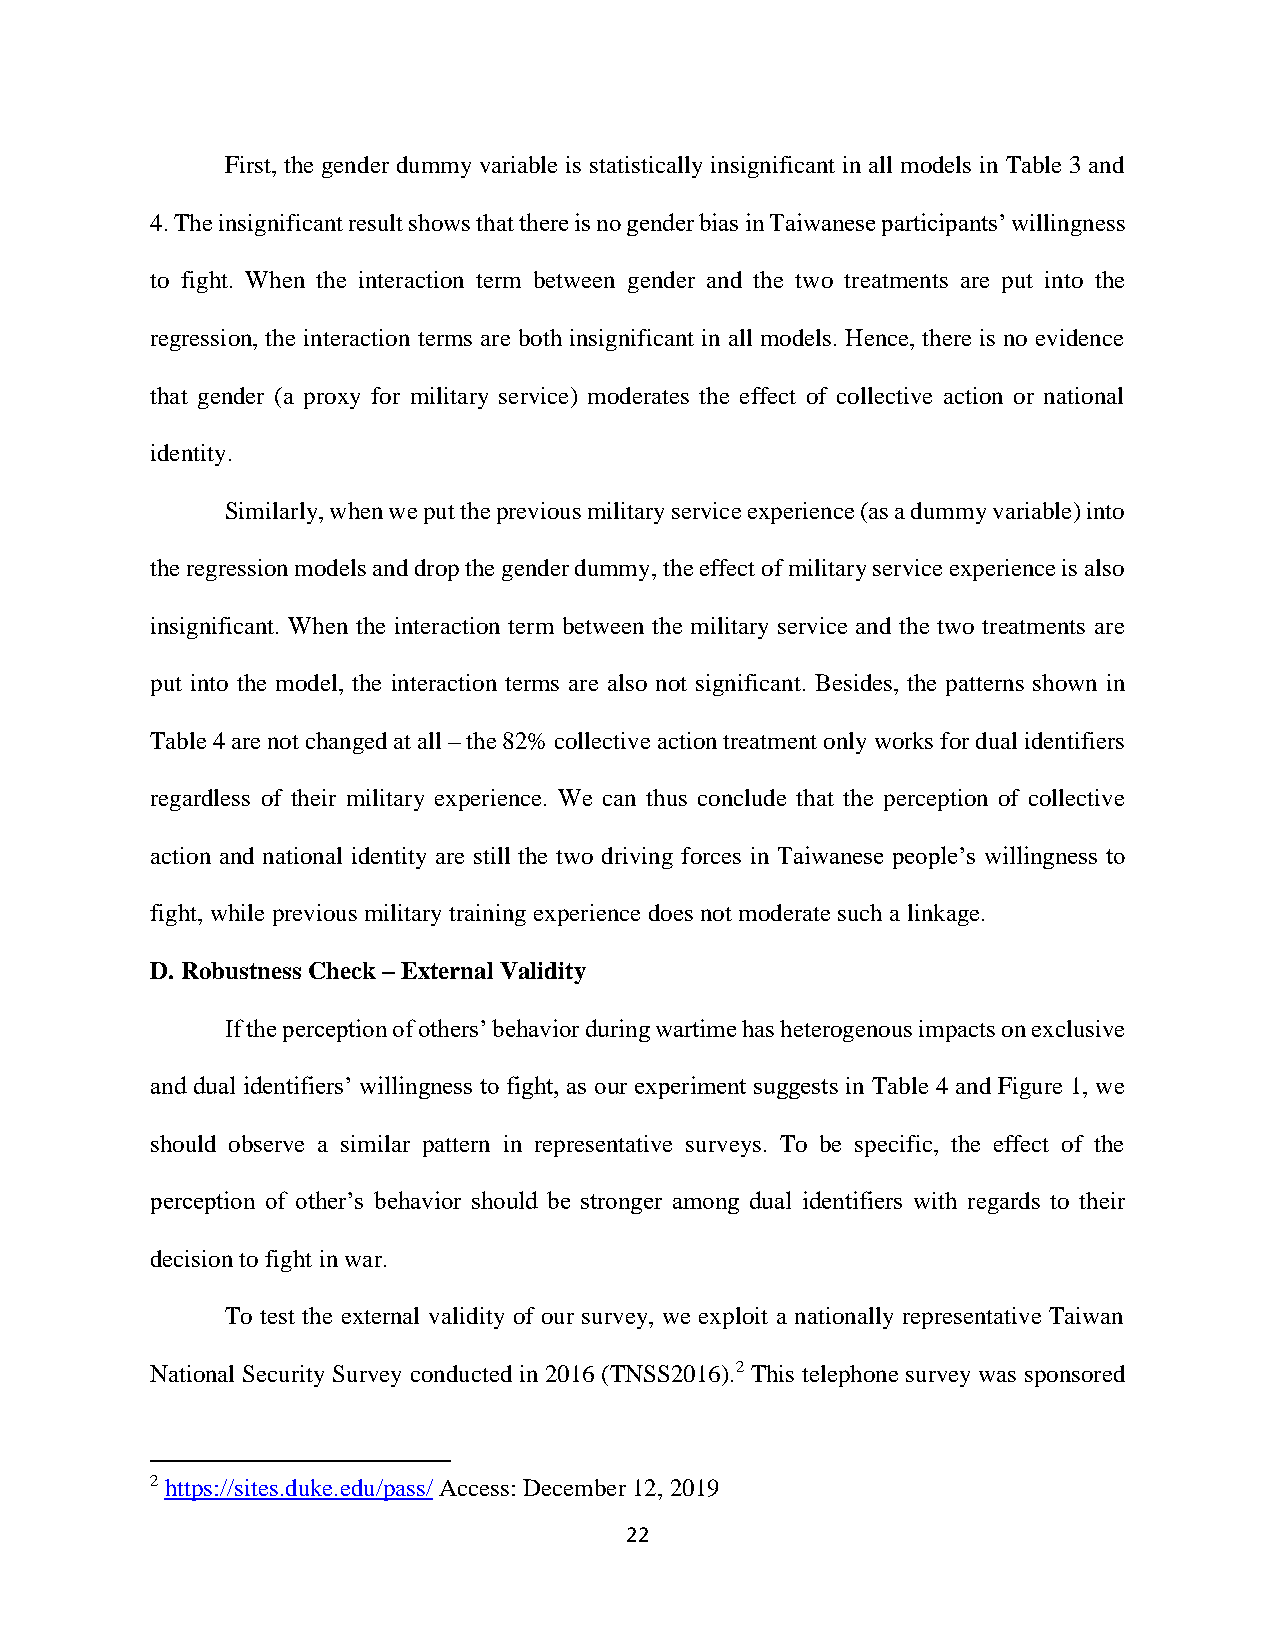
First, the gender dummy variable is statistically insignificant in all models in Table 3 and
 4. The insignificant result shows that there is no gender bias in Taiwanese participants’ willingness
 to fight. When the interaction term between gender and the two treatments are put into the
 regression, the interaction terms are both insignificant in all models. Hence, there is no evidence
 that gender (a proxy for military service) moderates the effect of collective action or national
 identity.
 Similarly, when we put the previous military service experience (as a dummy variable) into
 the regression models and drop the gender dummy, the effect of military service experience is also
 insignificant. When the interaction term between the military service and the two treatments are
 put into the model, the interaction terms are also not significant. Besides, the patterns shown in
 Table 4 are not changed at all – the 82% collective action treatment only works for dual identifiers
 regardless of their military experience. We can thus conclude that the perception of collective
 action and national identity are still the two driving forces in Taiwanese people’s willingness to
 fight, while previous military training experience does not moderate such a linkage.
 D. Robustness Check – External Validity
 If the perception of others’ behavior during wartime has heterogenous impacts on exclusive
 and dual identifiers’ willingness to fight, as our experiment suggests in Table 4 and Figure 1, we
 should observe a similar pattern in representative surveys. To be specific, the effect of the
 perception of other’s behavior should be stronger among dual identifiers with regards to their
 decision to fight in war.
 To test the external validity of our survey, we exploit a nationally representative Taiwan
 National Security Survey conducted in 2016 (TNSS2016).2 This telephone survey was sponsored
 2 https://sites.duke.edu/pass/ Access: December 12, 2019
 22